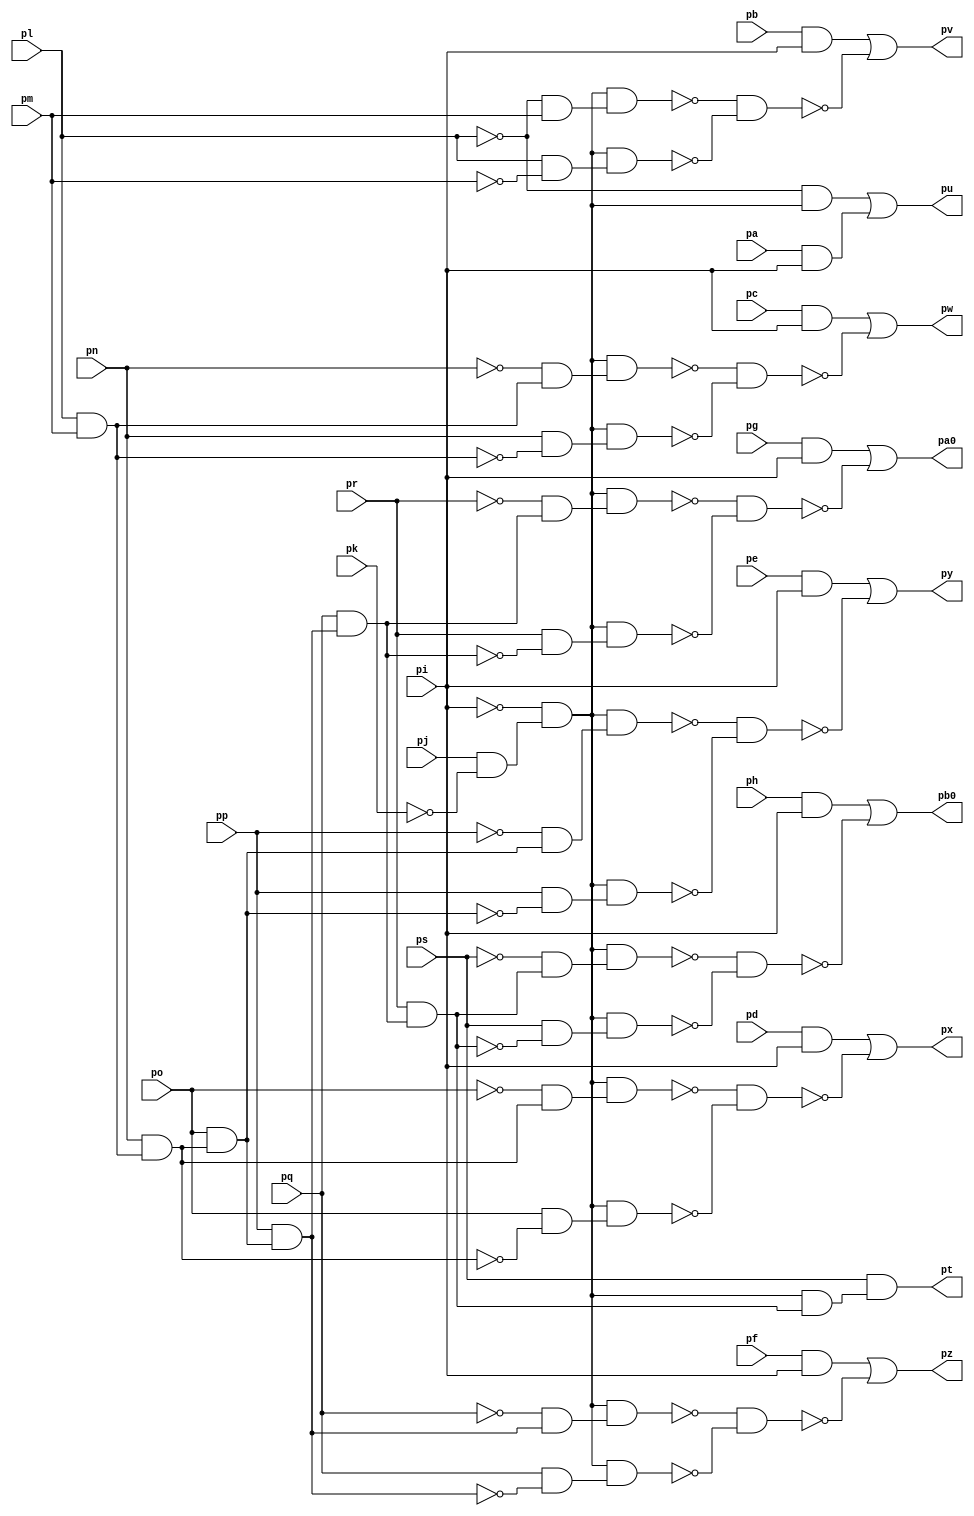
module top ( 
    pp, pq, pr, ps, pa, pb, pc, pd, pe, pf, pg, ph, pi, pj, pk, pl, pm, pn,
    po,
    pa0, pb0, pt, pu, pv, pw, px, py, pz  );
  input  pp, pq, pr, ps, pa, pb, pc, pd, pe, pf, pg, ph, pi, pj, pk, pl,
    pm, pn, po;
  output pa0, pb0, pt, pu, pv, pw, px, py, pz;
  wire new_n29_, new_n30_, new_n31_, new_n32_, new_n33_, new_n34_, new_n35_,
    new_n36_, new_n37_, new_n38_, new_n39_, new_n40_, new_n41_, new_n43_,
    new_n44_, new_n45_, new_n46_, new_n47_, new_n48_, new_n49_, new_n51_,
    new_n53_, new_n54_, new_n56_, new_n57_, new_n58_, new_n59_, new_n60_,
    new_n61_, new_n63_, new_n64_, new_n65_, new_n66_, new_n67_, new_n68_,
    new_n70_, new_n71_, new_n72_, new_n73_, new_n74_, new_n75_, new_n77_,
    new_n78_, new_n79_, new_n80_, new_n81_, new_n82_, new_n84_, new_n85_,
    new_n86_, new_n87_, new_n88_, new_n89_;
  assign new_n29_ = pl & pm;
  assign new_n30_ = pn & new_n29_;
  assign new_n31_ = po & new_n30_;
  assign new_n32_ = pp & new_n31_;
  assign new_n33_ = pq & new_n32_;
  assign new_n34_ = pj & ~pk;
  assign new_n35_ = ~pi & new_n34_;
  assign new_n36_ = ~pr & new_n33_;
  assign new_n37_ = new_n35_ & new_n36_;
  assign new_n38_ = pr & ~new_n33_;
  assign new_n39_ = new_n35_ & new_n38_;
  assign new_n40_ = pg & pi;
  assign new_n41_ = ~new_n37_ & ~new_n39_;
  assign pa0 = new_n40_ | ~new_n41_;
  assign new_n43_ = pr & new_n33_;
  assign new_n44_ = ~ps & new_n43_;
  assign new_n45_ = new_n35_ & new_n44_;
  assign new_n46_ = ps & ~new_n43_;
  assign new_n47_ = new_n35_ & new_n46_;
  assign new_n48_ = ph & pi;
  assign new_n49_ = ~new_n45_ & ~new_n47_;
  assign pb0 = new_n48_ | ~new_n49_;
  assign new_n51_ = new_n35_ & new_n43_;
  assign pt = ps & new_n51_;
  assign new_n53_ = ~pl & new_n35_;
  assign new_n54_ = pa & pi;
  assign pu = new_n53_ | new_n54_;
  assign new_n56_ = ~pl & pm;
  assign new_n57_ = new_n35_ & new_n56_;
  assign new_n58_ = pl & ~pm;
  assign new_n59_ = new_n35_ & new_n58_;
  assign new_n60_ = pb & pi;
  assign new_n61_ = ~new_n57_ & ~new_n59_;
  assign pv = new_n60_ | ~new_n61_;
  assign new_n63_ = ~pn & new_n29_;
  assign new_n64_ = new_n35_ & new_n63_;
  assign new_n65_ = pn & ~new_n29_;
  assign new_n66_ = new_n35_ & new_n65_;
  assign new_n67_ = pc & pi;
  assign new_n68_ = ~new_n64_ & ~new_n66_;
  assign pw = new_n67_ | ~new_n68_;
  assign new_n70_ = ~po & new_n30_;
  assign new_n71_ = new_n35_ & new_n70_;
  assign new_n72_ = po & ~new_n30_;
  assign new_n73_ = new_n35_ & new_n72_;
  assign new_n74_ = pd & pi;
  assign new_n75_ = ~new_n71_ & ~new_n73_;
  assign px = new_n74_ | ~new_n75_;
  assign new_n77_ = ~pp & new_n31_;
  assign new_n78_ = new_n35_ & new_n77_;
  assign new_n79_ = pp & ~new_n31_;
  assign new_n80_ = new_n35_ & new_n79_;
  assign new_n81_ = pe & pi;
  assign new_n82_ = ~new_n78_ & ~new_n80_;
  assign py = new_n81_ | ~new_n82_;
  assign new_n84_ = ~pq & new_n32_;
  assign new_n85_ = new_n35_ & new_n84_;
  assign new_n86_ = pq & ~new_n32_;
  assign new_n87_ = new_n35_ & new_n86_;
  assign new_n88_ = pf & pi;
  assign new_n89_ = ~new_n85_ & ~new_n87_;
  assign pz = new_n88_ | ~new_n89_;
endmodule